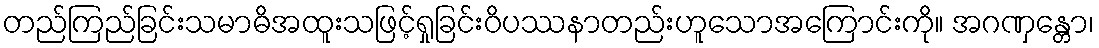
တည်ကြည်ခြင်းသမာဓိအထူးသဖြင့်ရှုခြင်းဝိပဿနာတည်းဟူသောအကြောင်းကို။ အဂဏှန္တော၊